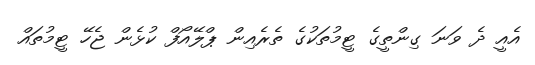
އެއީ ދެ ވަނަ ގިންތީގެ ޓީމުތަކުގެ ތެރެއިން ޕްލޭއޯފް ކުޅެން ޖެހޭ ޓީމުތައް